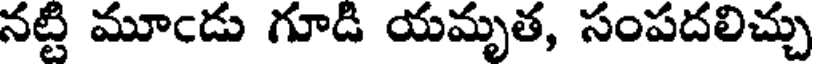
నట్టి మూఁడు గూడి యమృత, సంపదలిచ్చు